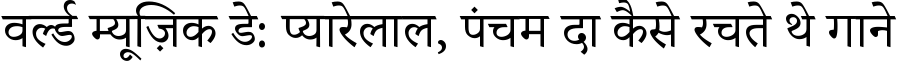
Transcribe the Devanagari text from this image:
वर्ल्ड म्यूज़िक डे: प्यारेलाल, पंचम दा कैसे रचते थे गाने